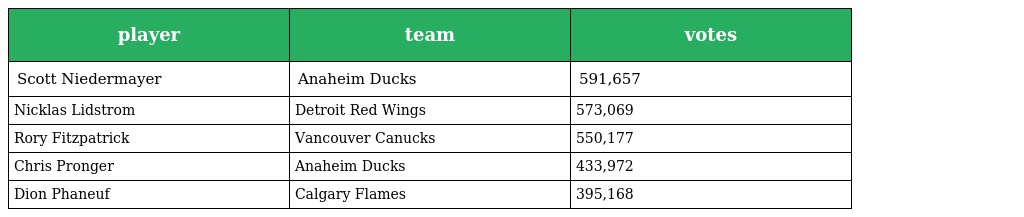
| player | team | votes |
 | --- | --- | --- |
 | Scott Niedermayer | Anaheim Ducks | 591,657 |
 | Nicklas Lidstrom | Detroit Red Wings | 573,069 |
 | Rory Fitzpatrick | Vancouver Canucks | 550,177 |
 | Chris Pronger | Anaheim Ducks | 433,972 |
 | Dion Phaneuf | Calgary Flames | 395,168 |